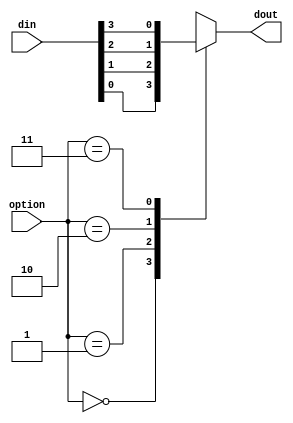
`timescale 1ns / 1ps
//////////////////////////////////////////////////////////////////////////////////
// Company: 
// Engineer: 
// 
// Design Name: 
// Module Name:    mux 
// Project Name: 
// Target Devices: 
// Tool versions: 
// Description: 
//
// Dependencies: 
//
// Revision: 
// Revision 0.01 - File Created
// Additional Comments: 
//
//////////////////////////////////////////////////////////////////////////////////
module mux(
    din,
	 dout,
	 option
    );

input [4-1:0] din;
input [2-1:0] option;
output dout;
reg dout;

always @(*) begin
    case (option)
	     2'b00 : dout <= din[0];
		  2'b01 : dout <= din[1];
        2'b10 : dout <= din[2];
		  2'b11 : dout <= din[3];
	 endcase
end
endmodule